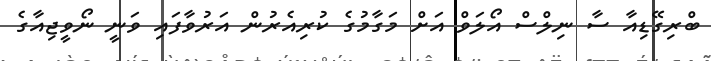
ބްރިގޭޑިއާ ސާ ނިލްސް އޯލަވް އަށް މަގާމުގެ ކުރިއެރުން އަރުވާފައި ވަނީ ނޯވީޖިއާގެ